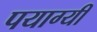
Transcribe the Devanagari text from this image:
पयाग्यी